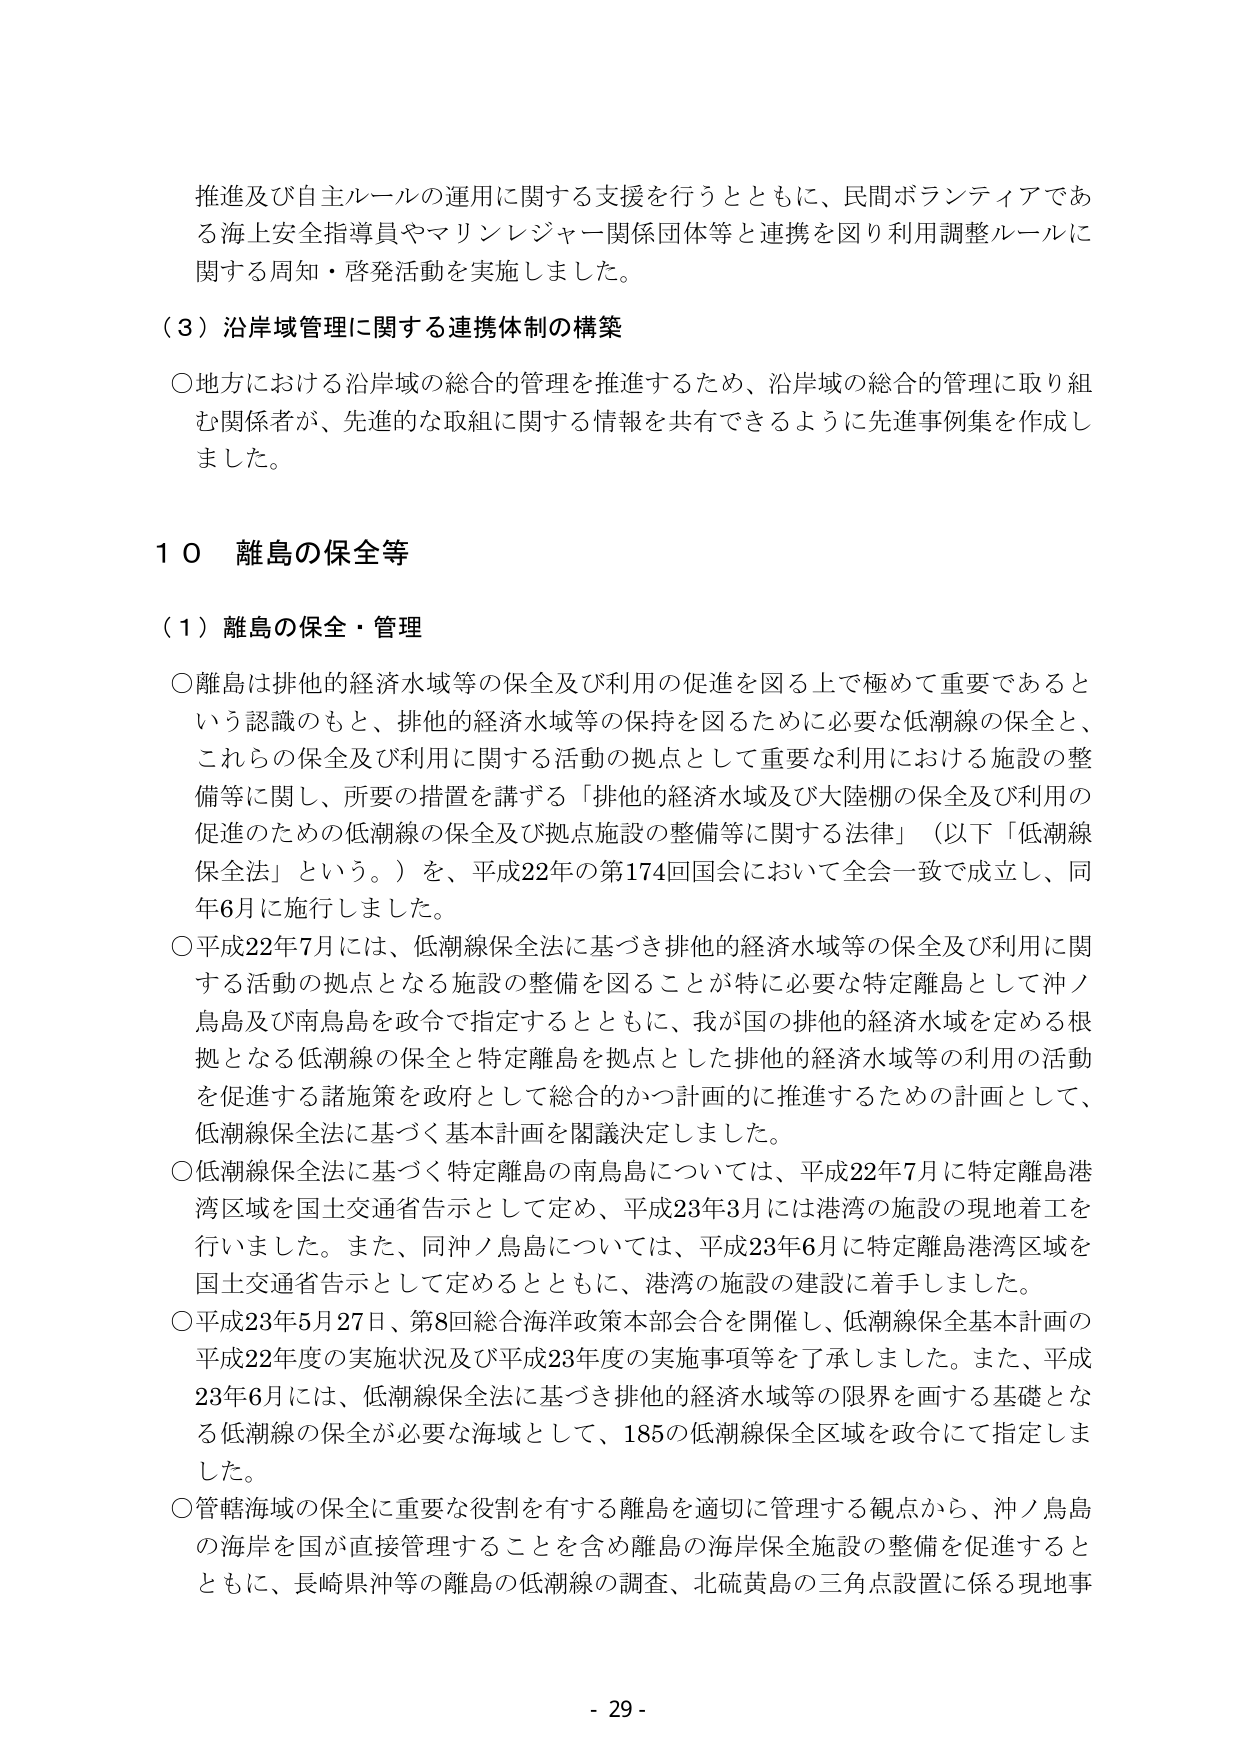
推進及び自主ルールの運用に関する支援を行うとともに、民間ボランティアである海上安全指導員やマリンレジャー関係団体等と連携を図り利用調整ルールに関する周知・啓発活動を実施しました。

（３）沿岸域管理に関する連携体制の構築

○地方における沿岸域の総合的管理を推進するため、沿岸域の総合的管理に取り組む関係者が、先進的な取組に関する情報を共有できるように先進事例集を作成しました。

１０ 離島の保全等

（１）離島の保全・管理

○離島は排他的経済水域等の保全及び利用の促進を図る上で極めて重要であるという認識のもと、排他的経済水域等の保持を図るために必要な低潮線の保全と、これらの保全及び利用に関する活動の拠点として重要な利用における施設の整備等に関し、所要の措置を講ずる「排他的経済水域及び大陸棚の保全及び利用の促進のための低潮線の保全及び拠点施設の整備等に関する法律」（以下「低潮線保全法」という。）を、平成22年の第174回国会において全会一致で成立し、同年6月に施行しました。

○平成22年7月には、低潮線保全法に基づき排他的経済水域等の保全及び利用に関する活動の拠点となる施設の整備を図ることが特に必要な特定離島として沖ノ鳥島及び南鳥島を政令で指定するとともに、我が国の排他的経済水域を定める根拠となる低潮線の保全と特定離島を拠点とした排他的経済水域等の利用の活動を促進する諸施策を政府として総合的かつ計画的に推進するための計画として、低潮線保全法に基づく基本計画を閣議決定しました。

○低潮線保全法に基づく特定離島の南鳥島については、平成22年7月に特定離島港湾区域を国土交通省告示として定め、平成23年3月には港湾の施設の現地着工を行いました。また、同沖ノ鳥島については、平成23年6月に特定離島港湾区域を国土交通省告示として定めるとともに、港湾の施設の建設に着手しました。

○平成23年5月27日、第8回総合海洋政策本部会合を開催し、低潮線保全基本計画の平成22年度の実施状況及び平成23年度の実施事項等を了承しました。また、平成23年6月には、低潮線保全法に基づき排他的経済水域等の限界を画する基礎となる低潮線の保全が必要な海域として、185の低潮線保全区域を政令にて指定しました。

○管轄海域の保全に重要な役割を有する離島を適切に管理する観点から、沖ノ鳥島の海岸を国が直接管理することを含め離島の海岸保全施設の整備を促進するとともに、長崎県沖等の離島の低潮線の調査、北硫黄島の三角点設置に係る現地事

- 29 -